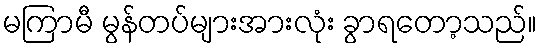
မကြာမီ မွန်တပ်များအားလုံး ခွာရတော့သည်။